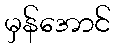
မှန်အောင်